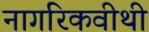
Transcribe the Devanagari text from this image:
नागरिकवीथी